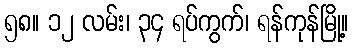
၅၈။ ၁၂ လမ်း၊ ၃၄ ရပ်ကွက်၊ ရန်ကုန်မြို့။